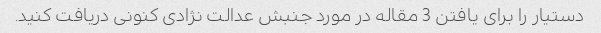
دستیار را برای یافتن 3 مقاله در مورد جنبش عدالت نژادی کنونی دریافت کنید.